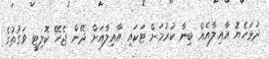
ދުޅަހެޔޮ އާއިލާއެއް ބިނާ ކުރުމަށް ޓަކައި އާއިލާއަށް ދޭން ޖެހޭ ކޮލިޓީ ވަގުތުގެ